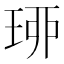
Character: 𤥗